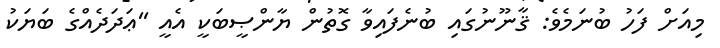
މިއަށް ފަހު ބުނަމެވެ: ޤާނޫނުގައި ބުނެފައިވާ ގޮތުން ޔާންޞީބަކީ އެއީ ''ޢަދަދެއްގެ ބަޔަކު